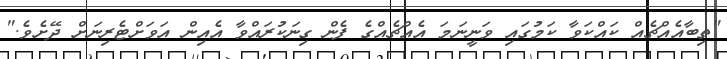
"ތިބާއެއްޗެއް ކައްކަވާ ކަމުގައި ވަނީނަމަ އެއްޗެއްގެ ފެން ގިނަކުރައްވާ އެއިން އަވަށްޓެރިނަށް ދޭށެވެ."